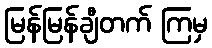
မြန်မြန်ချီတက် ကြမှ